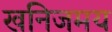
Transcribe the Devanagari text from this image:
खनिजमय